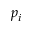
p _ { i }